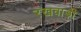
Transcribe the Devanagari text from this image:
रखवाड़ी